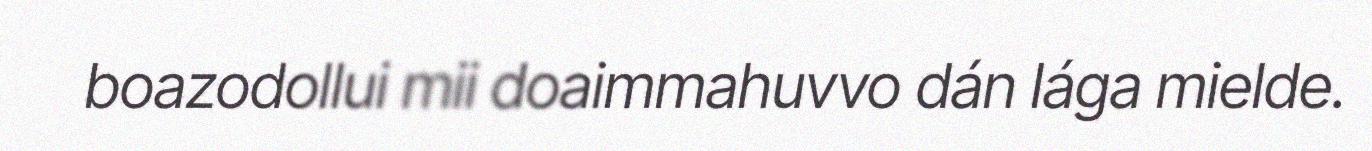
boazodollui mii doaimmahuvvo dán lága mielde.